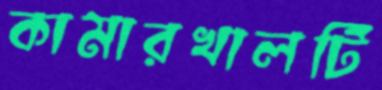
কামারখালটি